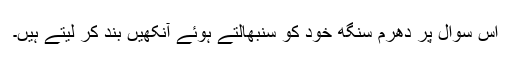
اس سوال پر دھرم سنگھ خود کو سنبھالتے ہوئے آنکھیں بند کر لیتے ہیں۔